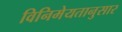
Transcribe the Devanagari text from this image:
विनिमेयतानुसार